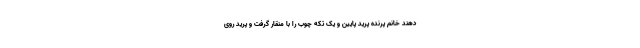
دهند خانم پرنده پرید پایین و یک تکه چوب را با منقار گرفت و پرید روی